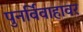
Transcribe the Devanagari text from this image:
पुनर्विवाहावर